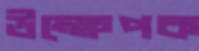
উক্ষেপক